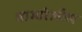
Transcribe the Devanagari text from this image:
बाम्बोलीम